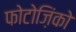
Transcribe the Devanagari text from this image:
फोटोज़िंको